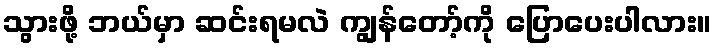
သွားဖို့ ဘယ်မှာ ဆင်းရမလဲ ကျွန်တော့်ကို ပြောပေးပါလား။